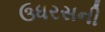
ઉધરસની